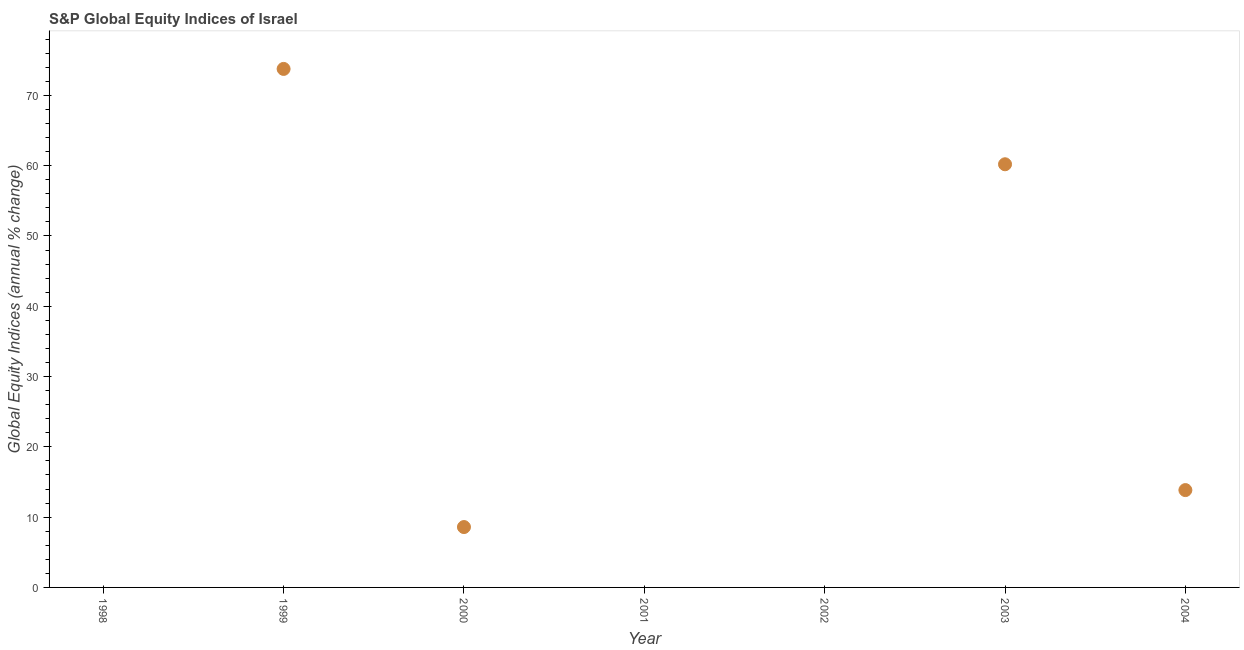
| Year | S&P Global Equity Indices |
 | --- | --- |
 | 1998 | -7.79 |
 | 1999 | 73.8 |
 | 2000 | 8.59 |
 | 2001 | -34.6 |
 | 2002 | -30.5 |
 | 2003 | 60.2 |
 | 2004 | 13.8 |